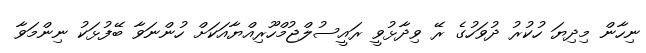
ނިހާން މިދިޔަ ހުކުރު ދުވަހުގެ ރޭ ވިދާޅުވީ ރައީސުލްޖުމްހޫރިއްޔާއަކަށް ހުންނަވާ ބޭފުޅަކު ނިންމަވާ